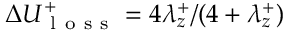
\Delta U _ { \mathrm { ~ l ~ o ~ s ~ s ~ } } ^ { + } = 4 \lambda _ { z } ^ { + } / ( 4 + \lambda _ { z } ^ { + } )